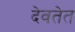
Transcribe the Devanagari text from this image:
देवतेत